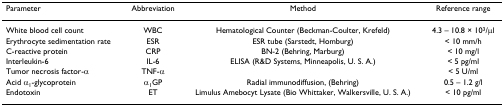
| Parameter | Abbreviation | Method | Reference range |
 | --- | --- | --- | --- |
 | White blood cell count | WBC | Hematological Counter (Beckman-Coulter, Krefeld) | 4.3 – 10.8 × 103/μl |
 | Erythrocyte sedimentation rate | ESR | ESR tube (Sarstedt, Homburg) | < 10 mm/h |
 | C-reactive protein | CRP | BN-2 (Behring, Marburg) | < 10 mg/l |
 | Interleukin-6 | IL-6 | ELISA (R&D Systems, Minneapolis, U. S. A.) | < 5 pg/ml |
 | Tumor necrosis factor-α | TNF-α |  | < 5 U/ml |
 | Acid α1-glycoprotein | α1GP | Radial immunodiffusion, (Behring) | 0.5 – 1.2 g/l |
 | Endotoxin | ET | Limulus Amebocyt Lysate (Bio Whittaker, Walkersville, U. S. A.) | < 10 pg/ml |